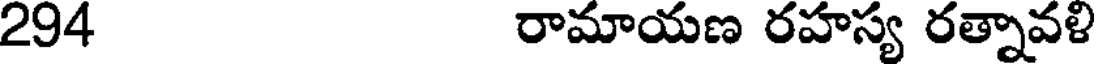
294 రామాయణ రహస్య రత్నావళి